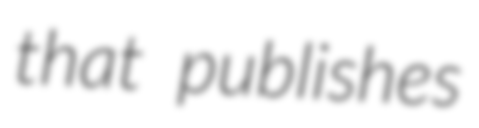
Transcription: that publishes